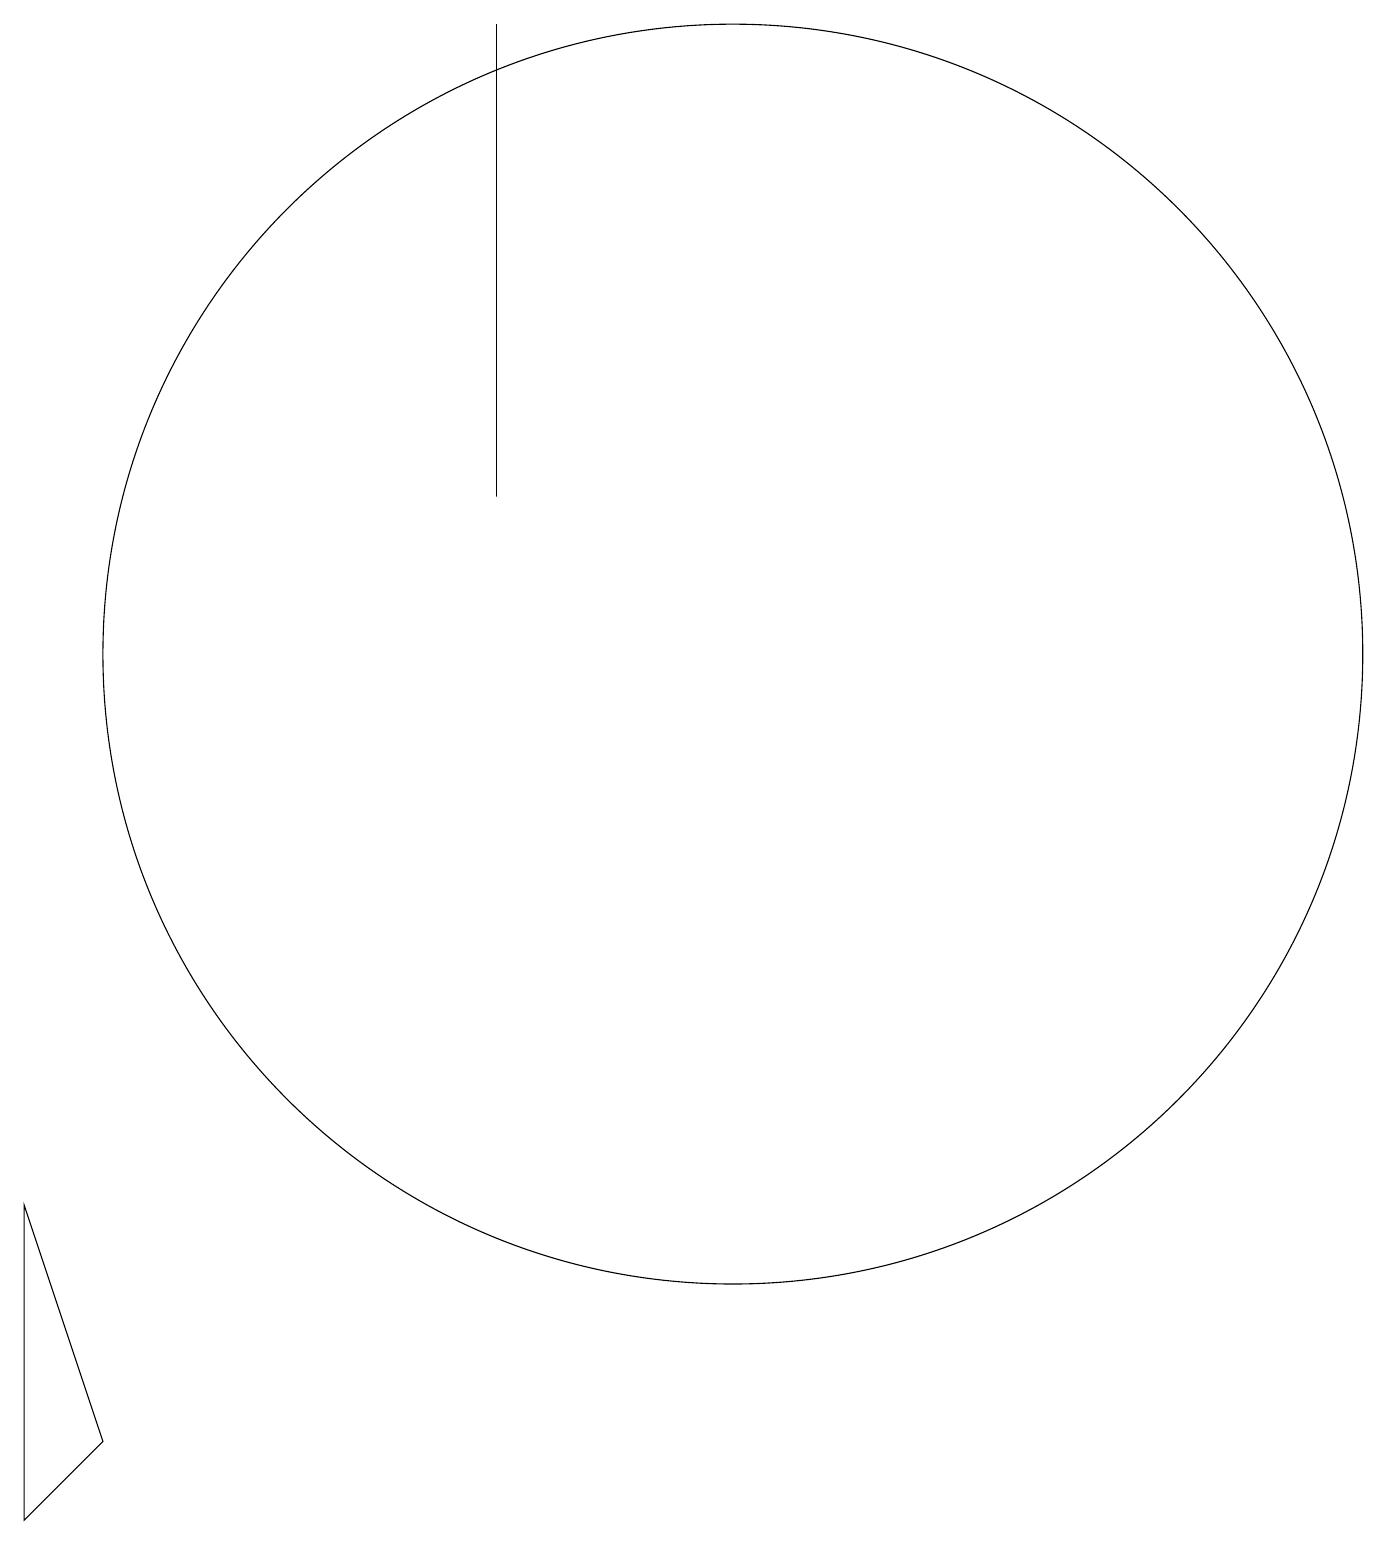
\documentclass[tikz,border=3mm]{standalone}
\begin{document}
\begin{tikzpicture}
\draw (10,11) circle (8);
\draw (7,19) rectangle (7,13);
\draw (1,4) -- (1,0) -- (2,1) -- cycle;
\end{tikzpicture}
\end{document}